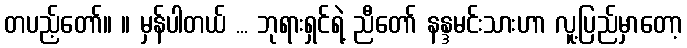
တပည့်တော်။ ။ မှန်ပါတယ် ... ဘုရားရှင်ရဲ့ ညီတော် နန္ဒမင်းသားဟာ လူ့ပြည်မှာတော့